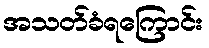
အသတ်ခံရကြောင်း